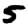
Digit: 5